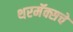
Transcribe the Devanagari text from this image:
थरमॅक्सचे